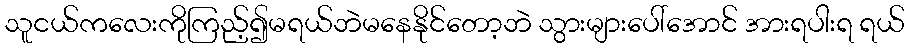
သူငယ်ကလေးကိုကြည့်၍မရယ်ဘဲမနေနိုင်တော့ဘဲ သွားများပေါ်အောင် အားရပါးရ ရယ်